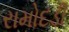
રામોદડી